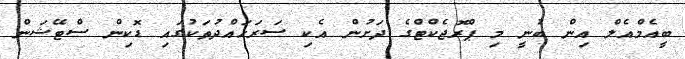
ބީއެމްއެލް އިން ބުނީ މި ޕްރޮޖެކްޓްގެ ދަށުން އެކި ސަރަހައްދުތަކުގައި ޑޮކިން ސްޓޭޝަން